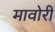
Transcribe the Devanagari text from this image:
मावोरी